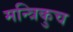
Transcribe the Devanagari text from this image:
मन्त्रिकुच